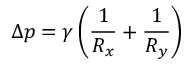
\Delta p = \gamma \left( { \frac { 1 } { R _ { x } } } + { \frac { 1 } { R _ { y } } } \right)